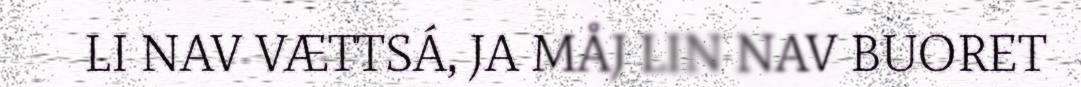
LI NAV VÆTTSÁ, JA MÅJ LIN NAV BUORET